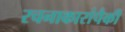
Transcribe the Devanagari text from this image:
रचनाकारांपैकी